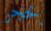
بحجر